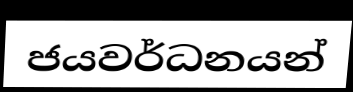
ජයවර්ධනයන්